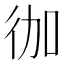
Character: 𭛥